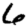
Digit: 6